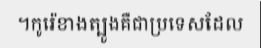
។កូរ៉េខាងត្បូងគឺជាប្រទេសដែល